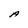
Character: A